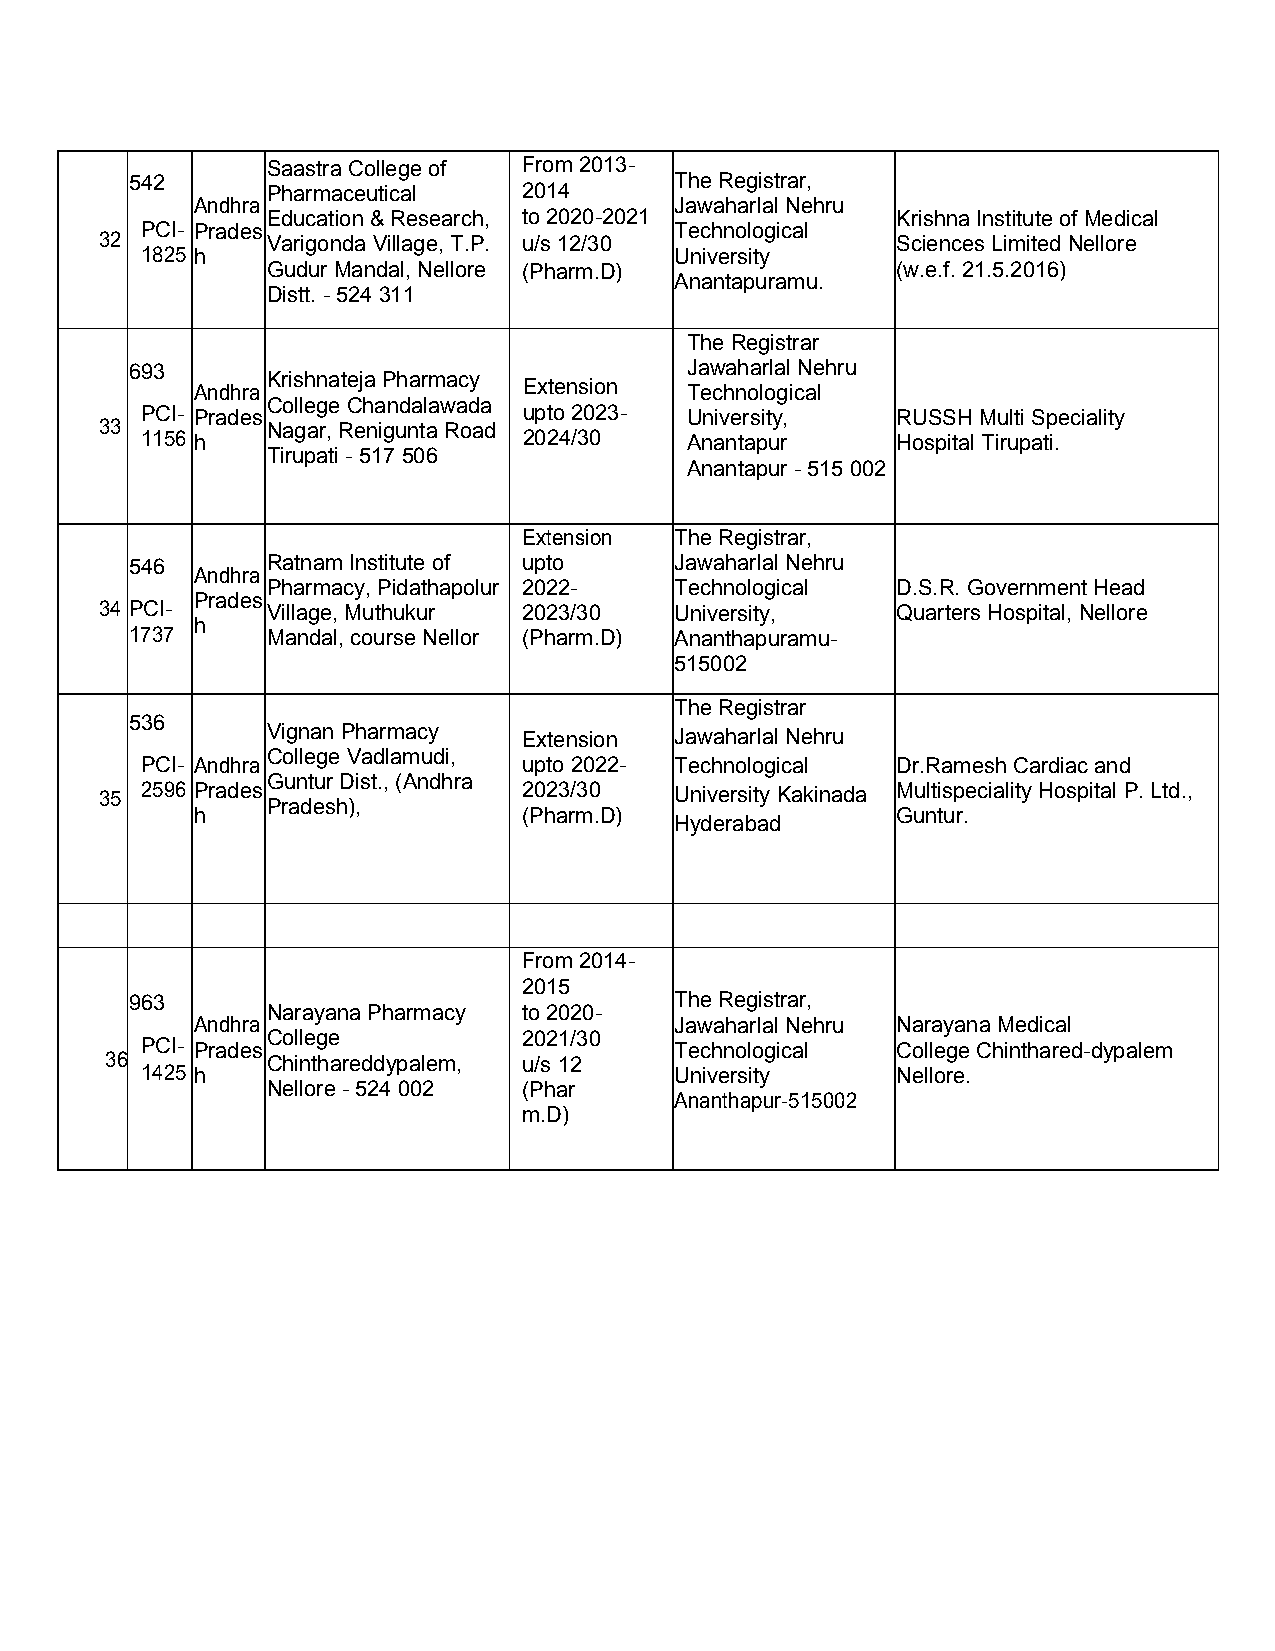
SaastraCollegeof From 2013-
 542                                 TheRegistrar,
 Pharmaceutical   2014
 Andhra                          Jawaharlal Nehru
 Education&Research, to2020-2021          KrishnaInstitute ofMedical
 PCI- Prades                         Technological
 32         Varigonda Village,T.P. u/s 12/30         Sciences Limited Nellore
 1825 h                              University
 Gudur Mandal, Nellore (Pharm.D)          (w.e.f.21.5.2016)
 Anantapuramu.
 Distt.-524 311
 TheRegistrar
 693                                 Jawaharlal Nehru
 KrishnatejaPharmacy
 Andhra                Extension Technological
 CollegeChandalawada
 PCI- Prades               upto 2023- University,  RUSSH MultiSpeciality
 33         Nagar,Renigunta Road
 1156 h                    2024/30   Anantapur     Hospital Tirupati.
 Tirupati- 517506
 Anantapur - 515002
 Extension TheRegistrar,
 546      RatnamInstitute of upto    Jawaharlal Nehru
 Andhra
 Pharmacy, Pidathapolur 2022- Technological D.S.R.GovernmentHead
 Prades
 34 PCI-    Village,Muthukur 2023/30   University,   Quarters Hospital,Nellore
 h
 1737     Mandal,courseNellor (Pharm.D) Ananthapuramu-
 515002
 TheRegistrar
 536
 VignanPharmacy   Extension Jawaharlal Nehru
 CollegeVadlamudi,
 PCI- Andhra               upto 2022- Technological Dr.RameshCardiac and
 GunturDist., (Andhra
 35 2596 Prades              2023/30   University Kakinada Multispeciality Hospital P.Ltd.,
 Pradesh),
 h                     (Pharm.D)               Guntur.
 Hyderabad
 From 2014-
 2015
 963                                 TheRegistrar,
 NarayanaPharmacy to2020-
 Andhra                          Jawaharlal Nehru Narayana Medical
 College          2021/30
 PCI- Prades                         Technological CollegeChinthared-dypalem
 36         Chinthareddypalem, u/s 12
 1425 h                              University    Nellore.
 Nellore-524 002  (Phar
 Ananthapur-515002
 m.D)